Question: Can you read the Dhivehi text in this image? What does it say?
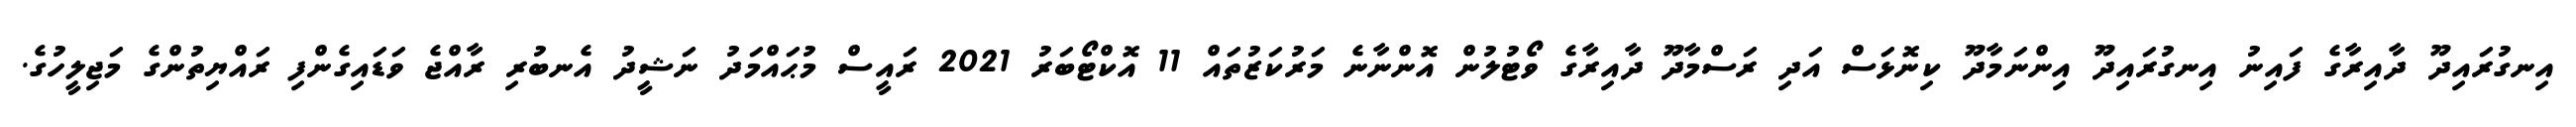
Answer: އިނގުރައިދޫ ދާއިރާގެ ފައިނު އިނގުރައިދޫ އިންނަމާދޫ ކިނޮޅަސް އަދި ރަސްމާދޫ ދާއިރާގެ ވޯޓުލުން އޮންނާނެ މަރުކަޒުތައް 11 އޮކްޓޯބަރު 2021 ރައީސް މުޙައްމަދު ނަޝީދު އެނބުރި ރާއްޖެ ވަޑައިގެންފި ރައްޔިތުންގެ މަޖިލީހުގެ.